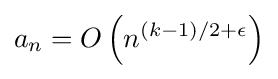
a_{n}=O\left(n^{(k-1)/2+\epsilon }\right)